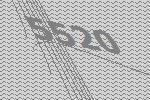
5520